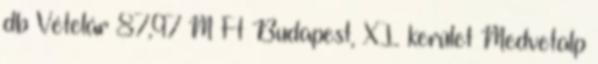
db Vételár 87,97 M Ft Budapest, XI. kerület Medvetalp